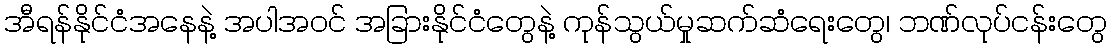
အီရန်နိုင်ငံအနေနဲ့ အပါအဝင် အခြားနိုင်ငံတွေနဲ့ ကုန်သွယ်မှုဆက်ဆံရေးတွေ၊ ဘဏ်လုပ်ငန်းတွေ